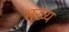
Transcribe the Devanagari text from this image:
भुख्य